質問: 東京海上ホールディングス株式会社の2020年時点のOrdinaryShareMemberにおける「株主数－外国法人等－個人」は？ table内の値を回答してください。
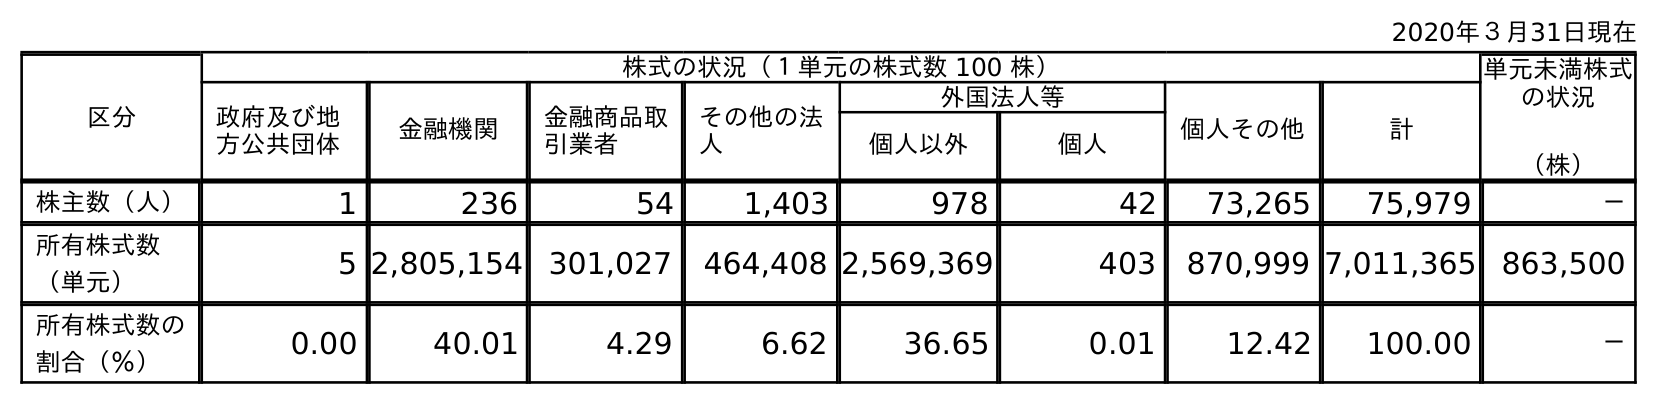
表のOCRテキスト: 2020年３月31日現在 区分 株式の状況（１単元の株式数 100 株） 単元未満株式 の状況 （株） 政府及び地 方公共団体 金融機関 金融商品取 引業者 その他の法 人 外国法人等 個人その他 計 個人以外 個人 株主数（人） 1 236 54 1,403 978 42 73,265 75,979 － 所有株式数 （単元） 5 2,805,154 301,027 464,408 2,569,369 403 870,999 7,011,365 863,500 所有株式数の 割合（％） 0.00 40.01 4.29 6.62 36.65 0.01 12.42 100.00 －
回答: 42